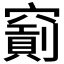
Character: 𥨐